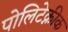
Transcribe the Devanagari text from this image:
पोलिटेक्नीक